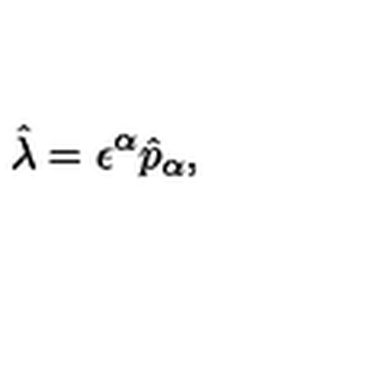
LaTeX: \hat { \lambda } = \epsilon ^ { \alpha } \hat { p } _ { \alpha } ,